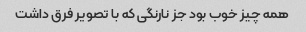
همه چیز خوب بود جز نارنگی که با تصویر فرق داشت